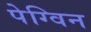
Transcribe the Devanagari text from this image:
पेग्विन